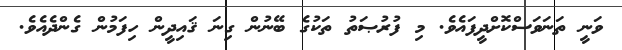
ވަނީ ތަނަވަސްކޮށްދީފައެވެ. މި ފުރުޞަތު ތަކުގެ ބޭނުން ގިނަ ޤައިދީން ހިފަމުން ގެންދެއެވެ.